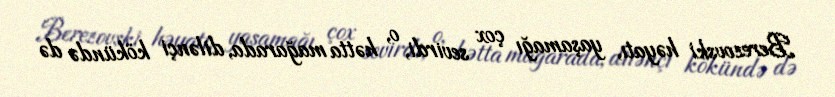
Berezovski həyatı, yaşamağı çox sevirdi, o, hətta mağarada, dilənçi kökündə də